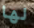
لها